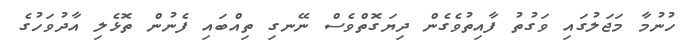
ހުނުމާ މަޖަލުގައި ވަގުތު ފާއިތުވެގެން ދިޔަގޮތްވެސް ނޭނގި ތިއްބައި ފެނުން ތޮޅެލި އާދުވަހުގެ